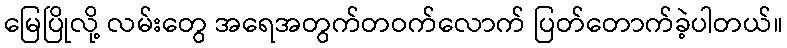
မြေပြိုလို့ လမ်းတွေ အရေအတွက်တဝက်လောက် ပြတ်တောက်ခဲ့ပါတယ်။